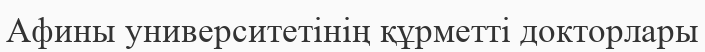
Афины университетінің құрметті докторлары